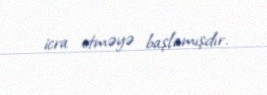
icra etməyə başlamışdır.